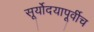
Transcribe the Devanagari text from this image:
सूर्योदयापूर्वीच